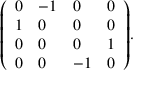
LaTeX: { \left( \begin{array} { l l l l } { 0 } & { - 1 } & { 0 } & { 0 } \\ { 1 } & { 0 } & { 0 } & { 0 } \\ { 0 } & { 0 } & { 0 } & { 1 } \\ { 0 } & { 0 } & { - 1 } & { 0 } \end{array} \right) } .